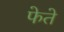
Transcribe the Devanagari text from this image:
फेते